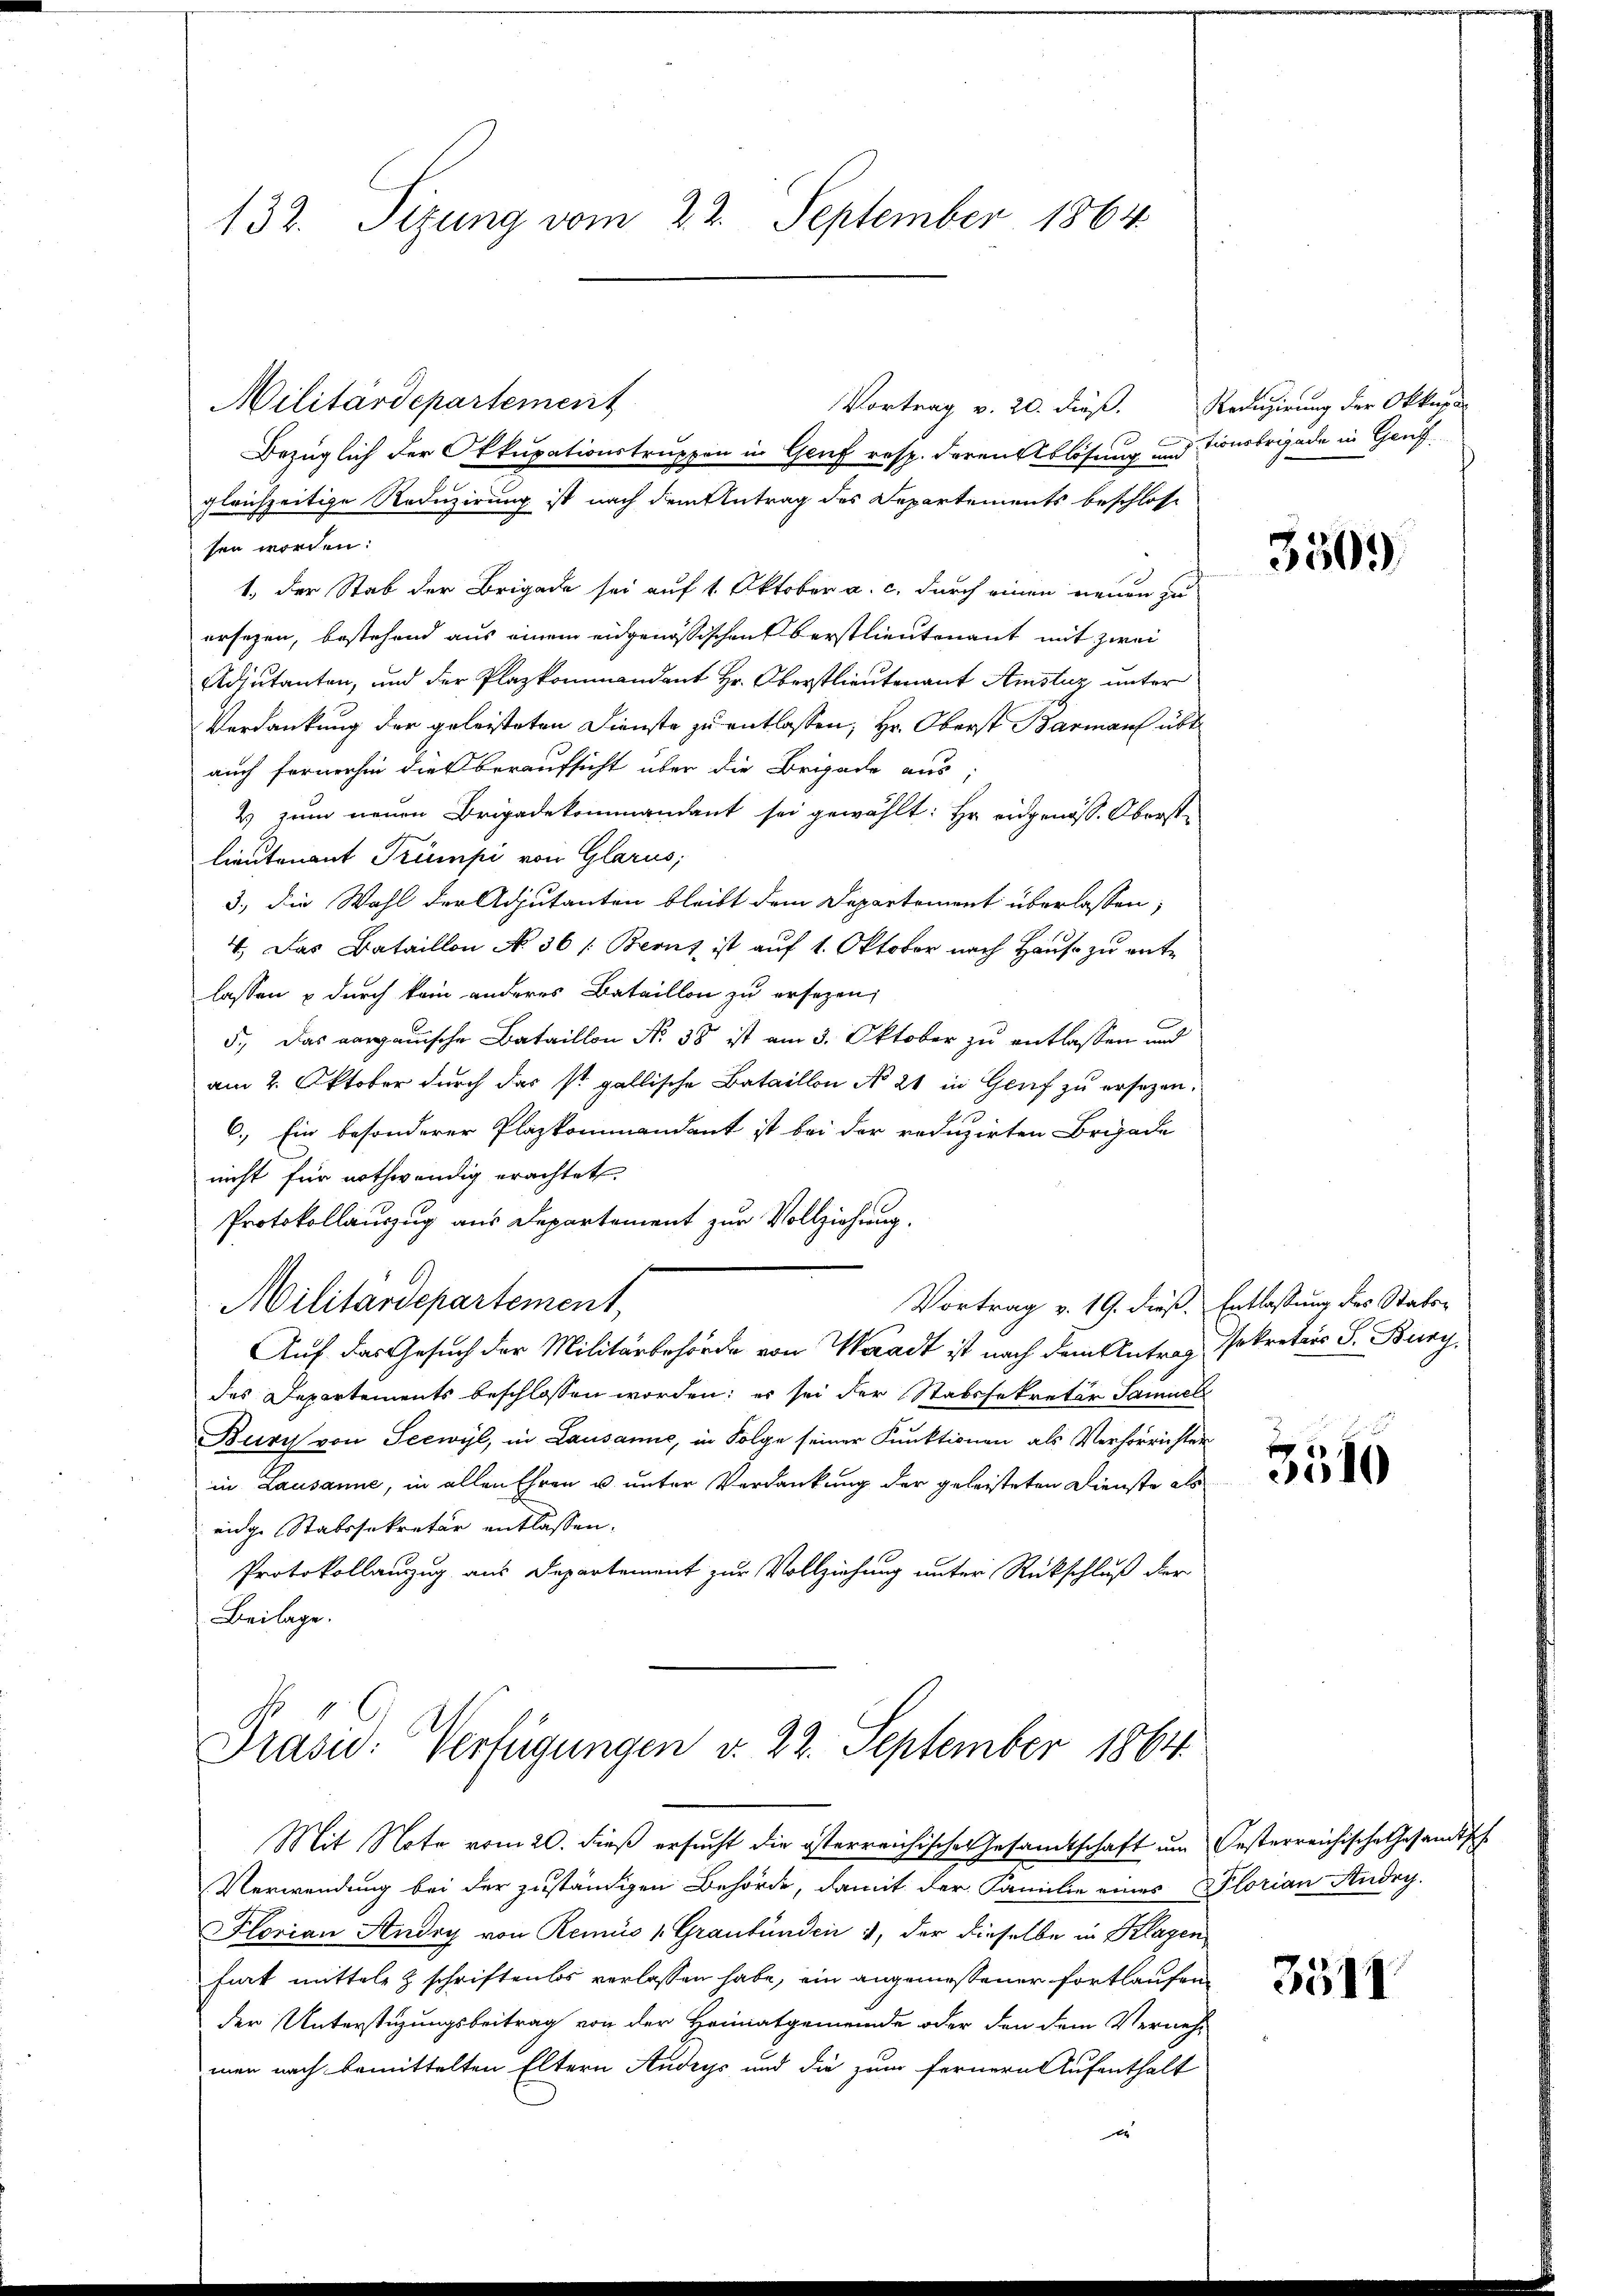
132. Sizung vom 22. September 1864.

Militärdepartement
Bezüglich der Okkupationstruppen in Genf resp. deren Ablösung und Tionsbrigade in Gauf
gleichzeitige Reduzirung ist nach dem Antrag des Departements beschlosse
sen worden:
1.) Der Stab der Brigade sei auf 1. Oktober a. c. durch einen neuen zu
ersezen, bestehend aus einem eidgenößischen Berstlieutenant mit zwei
Adjutanten, und der Plazkommandant Hr. Oberstlieutenant Amstuz unter
Verdankung der geleisteten Dienste zu entlassen, Hr. Oberst Barmann übt
auch fernerhin die beraufsicht über die Brigade aus
2 zum neuen Brigadekommandant sei gewählt: Hr. eidgenöss. Oberstlieutenant Trumpi von Glarus,
3., die Wahl der Adjutanten bleibt dem Departement überlassen,
4. Das Bataillon No 36 /: Berns ist aŭf 1. Oktober nach Hause zu ente
lassen & durch kein anderes Bataillon zu ersezen,
5., Das aargauische Bataillon No 38 ist am 3. Oktober zu entlassen und
am 2. Oktober durch das st. gallische Bataillon No 21 in Genf zu ersezen.
6.) Ein besonderer Plazkommandant ist bei der reduzirten Brigade
nicht für nothwendig erachtet,
Protokollauszug aus Departement zur Vollziehung.
Vortrag v. 19. dieß. Entlassung des Statt¬
Militardepartement,
Auf das Gesuch der Militärbehörde von Waadt ist nach dem Antrag Sekreters S. Burg
des Departements beschlossen worden; es sei der Stabssekretär Samuel
Burch von Seewyl, in Lausanne, in Folge seiner Funktionen als Verhörrichter
in Lausanne, in allen Ehren u. unter Verdankung der geleisteten Dienste als
eige Statssekretär entlassen.
Protokollauszug aus Departement zur Vollziehung unter Rückschluß der
Beilage.

Vortrag v. 20. dieß. Redigierung der Okkupa

Präsid. Verfügungen v. 22. September 1864.

Mit Note vom 20. dieß ersucht die österreichische Gesamtschaft um Gesterreichische Gesandtsch
Verwendung bei der zuständigen Behörde, damit der Familie eines Plorian Audry-
Florian Andry von Remis 1 Graubünden 3, der dieselbe in Klagen
Fiat mitteln & schriftenlos verlassen habe, ein angemessener fortlaufen
der Unterstüzungsbeitrag von der Heimatgemeinde oder den dem Vernehm
men nach bemittelten Eltern Andrys und die zum fernern Aufenthalt
x

3509.

fung
510

3511